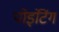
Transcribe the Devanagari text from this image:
पोइंटिंग